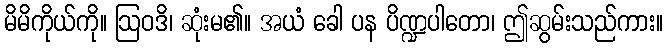
မိမိကိုယ်ကို။ ဩဝဒိ၊ ဆုံးမ၏။ အယံ ခေါ ပန ပိဏ္ဍပါတော၊ ဤဆွမ်းသည်ကား။